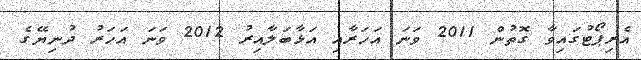
އެރިޕޯޓުގައިވާ ގޮތުން 2011 ވަނަ އަހަރާއި އަޅާބަލާއިރު 2012 ވަނަ އަހަރު ދުނިޔޭގެ